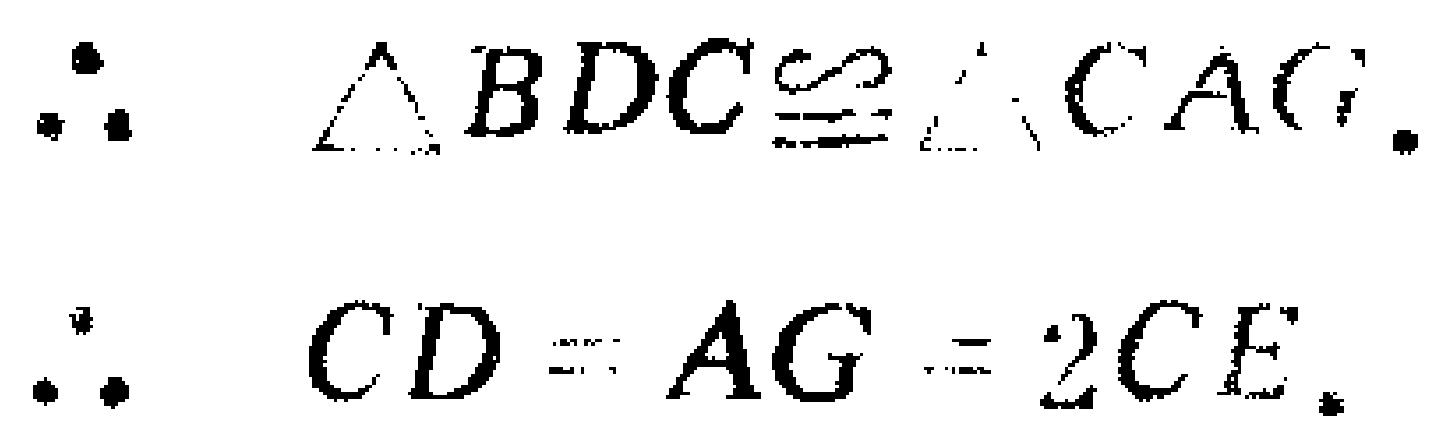
\(\therefore \triangle BDC\cong \triangle CAG.\)

\(\therefore CD = AG = 2CE.\)